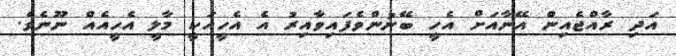
އަދި ރާއްޖެއިން އޭނާއަށް އެހީ ބޭނުންވެފައިވާއިރު އެ އެހީއަކީ މާލީ އެހީއެއް ނޫނެވެ.